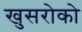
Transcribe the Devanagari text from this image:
खुसरोको